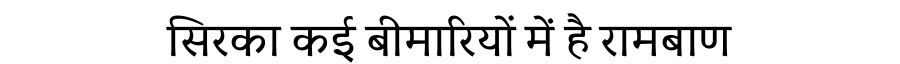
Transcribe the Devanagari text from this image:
सिरका कई बीमारियों में है रामबाण